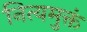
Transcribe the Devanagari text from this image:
नित्यमुक्तं